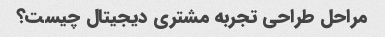
مراحل طراحی تجربه مشتری دیجیتال چیست؟